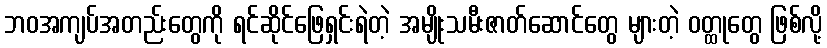
ဘဝအကျပ်အတည်းတွေကို ရင်ဆိုင်ဖြေရှင်းရဲတဲ့ အမျိုးသမီးဇာတ်ဆောင်တွေ များတဲ့ ဝတ္ထုတွေ ဖြစ်လို့